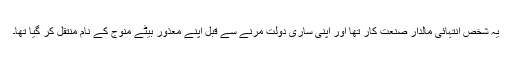
یہ شخص انتہائی مالدار صنعت کار تھا اور اپنی ساری دولت مرنے سے قبل اپنے معذور بیٹے منوج کے نام منتقل کر گیا تھا۔